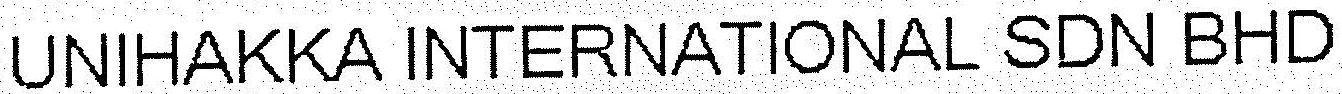
UNIHAKKA INTERNATIONAL SDN BHD